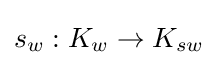
s_{w}:K_{w}\to K_{sw}